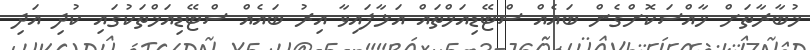
މުބާރާތަށް ޚާއްސަކޮށްގެން ބައެއް ސްޓޭޑިއަމްތައް އަޅާފައިވާ އިރު ބައެއް ސްޓޭޑިއަމްތަކުގައި ކުދި އަދި